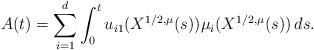
LaTeX: \begin{align*}A(t)&=\sum_{i=1}^{d}\int_{0}^{t}u_{i1}(X^{1/2,\mu}(s))\mu_i(X^{1/2,\mu}(s))\,ds.\end{align*}